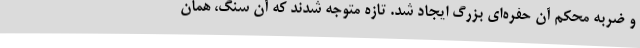
و ضربه محکم آن حفره‌ای بزرگ ایجاد شد. تازه متوجه شدند که آن سنگ، همان